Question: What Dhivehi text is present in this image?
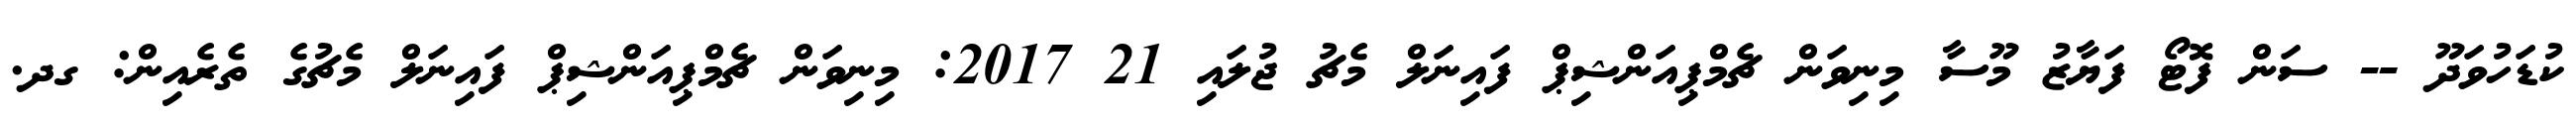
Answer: ކުޑަހުވަދޫ -- ސަން ފޮޓޯ ފަޔާޒު މޫސާ މިނިވަން ޗެމްޕިއަންޝިޕް ފައިނަލް މެޗު ޖުލައި 21 2017: މިނިވަން ޗެމްޕިއަންޝިޕް ފައިނަލް މެޗުގެ ތެރެއިން: ގދ.